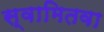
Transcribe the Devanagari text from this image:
स्वामितवा